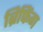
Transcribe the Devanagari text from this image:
ब्रिफिंग